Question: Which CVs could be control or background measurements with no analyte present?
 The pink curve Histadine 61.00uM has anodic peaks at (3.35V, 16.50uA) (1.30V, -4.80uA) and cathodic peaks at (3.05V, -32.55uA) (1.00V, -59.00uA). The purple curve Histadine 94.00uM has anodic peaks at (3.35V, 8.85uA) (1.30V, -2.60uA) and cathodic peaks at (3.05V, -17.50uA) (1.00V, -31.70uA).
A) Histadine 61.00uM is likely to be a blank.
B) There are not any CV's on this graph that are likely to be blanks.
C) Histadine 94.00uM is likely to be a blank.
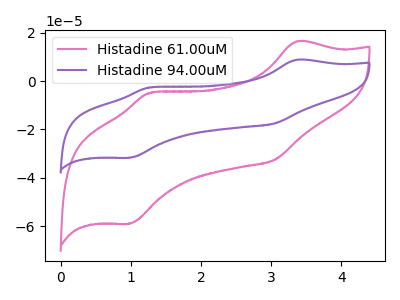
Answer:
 <answer>B) There are not any CV's on this graph that are likely to be blanks.</answer>
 <eval>B</eval>